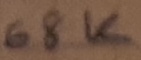
Text: 68K